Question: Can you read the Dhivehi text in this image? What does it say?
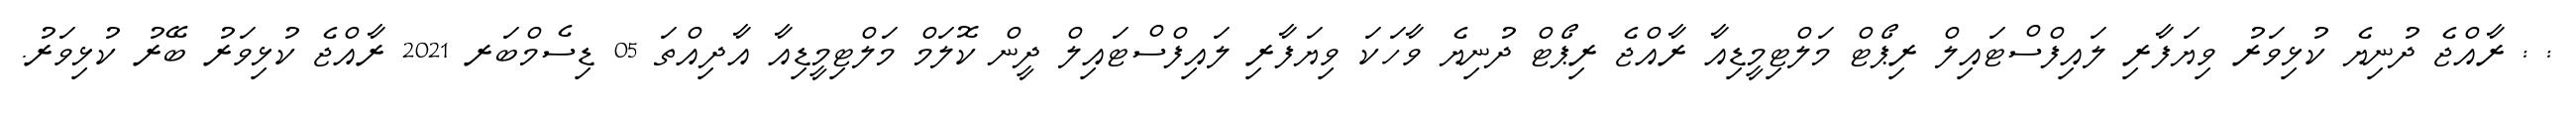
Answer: : : ރާއްޖެ ދުނިޔެ ކުޅިވަރު ވިޔަފާރި ލައިފްސްޓައިލް ރިޕޯޓް މަލްޓިމީޑިއާ ރާއްޖެ ރިޕޯޓް ދުނިޔެ ވާހަކަ ވިޔަފާރި ލައިފްސްޓައިލް ދީން ކޮލަމް މަލްޓިމީޑިއާ އާދިއްތަ 05 ޑިސެމްބަރ 2021 ރާއްޖެ ކުޅިވަރު ބޭރު ކުޅިވަރު.